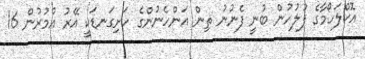
އޮކްލަހޯމާގެ ފުލުހުން ބުނީ ފެނުނު ތިން އަންހެނުންގެ ހަށިގަނޑަކީ އޭރު އުމުރުން 16